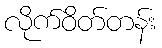
လိုက်ဝိတ်တန်း